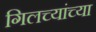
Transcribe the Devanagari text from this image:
गिलच्यांच्या